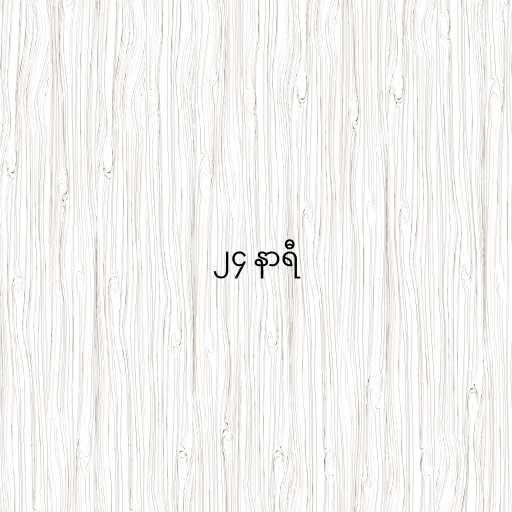
၂၄ နာရီ